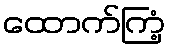
ထောက်ကြံ့